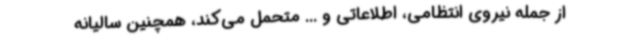
از جمله نیروی انتظامی، اطلاعاتی و ... متحمل می‌کند، همچنین سالیانه